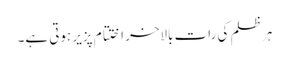
ہر ظلم کی رات بالاخر اختتام پزیر ہوتی ہے۔